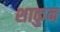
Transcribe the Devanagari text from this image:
शाकुन